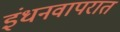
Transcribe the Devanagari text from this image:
इंधनवापरात